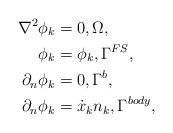
LaTeX: \begin{align*} \nabla^{2} \phi_k &= 0, \Omega,\\ \phi_k &= \phi_k, \Gamma^{FS},\\ \partial_{n} \phi_k &=0, \Gamma^b,\\ \partial_{n} \phi_k &= \dot{x}_k n_k, \Gamma^{body},\end{align*}